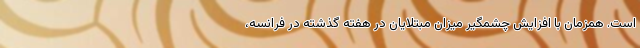
است. همزمان با افزایش چشمگیر میزان مبتلایان در هفته گذشته در فرانسه،